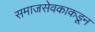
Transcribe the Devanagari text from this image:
समाजसेवकाकडून